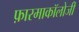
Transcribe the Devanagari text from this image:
फ़ारमाकॉलोजी